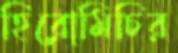
হিরোমিচির